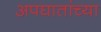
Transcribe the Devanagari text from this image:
अपघातांच्या